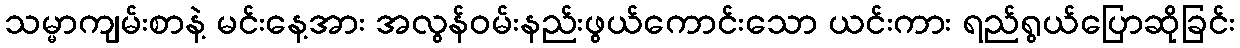
သမ္မာကျမ်းစာနဲ့ မင်းနေ့အား အလွန်ဝမ်းနည်းဖွယ်ကောင်းသော ယင်းကား ရည်ရွယ်ပြောဆိုခြင်း